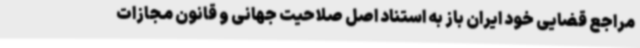
مراجع قضایی خود ایران باز به استناد اصل صلاحیت جهانی و قانون مجازات